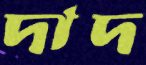
দাদ